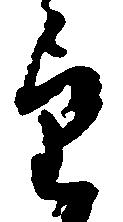
望